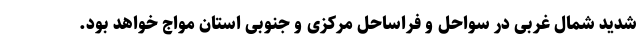
شدید شمال غربی در سواحل و فراساحل مرکزی و جنوبی استان مواج خواهد بود.